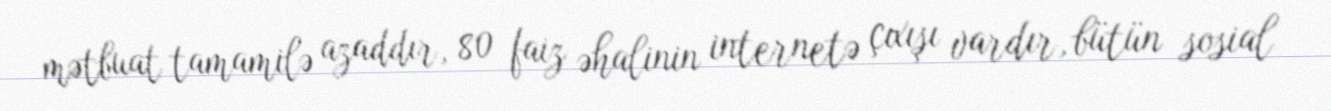
mətbuat tamamilə azaddır, 80 faiz əhalinin internetə çıxışı vardır, bütün sosial